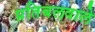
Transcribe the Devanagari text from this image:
प्रतिबलवाले